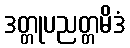
ဒတ္တုပညတ္တမိဒံ